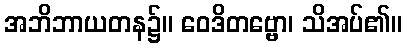
အဘိဘာယတန၌။ ဝေဒိတဗ္ဗော၊ သိအပ်၏။